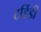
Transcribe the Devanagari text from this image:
टर्डिडी